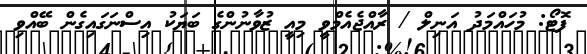
ފޮޓޯ: މުހައްމަދު އަނިލް / ރާއްޖެއެމްވީ މިއީ ޒުވާނުންގެ ބަޔަކު އިސްނަގައިގެން ބޭއްވި